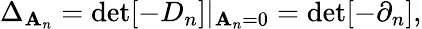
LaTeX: \Delta_{\mathbf{A}_{n}}=\operatorname*{det}[-D_{n}]|_{\mathbf{A}_{n}=0}=\operatorname*{det}[-\partial_{n}],